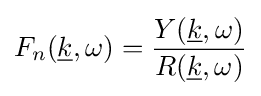
F_{n}({\underline {k}},\omega )={\frac {Y({\underline {k}},\omega )}{R({\underline {k}},\omega )}}